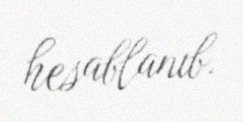
hesablanıb.